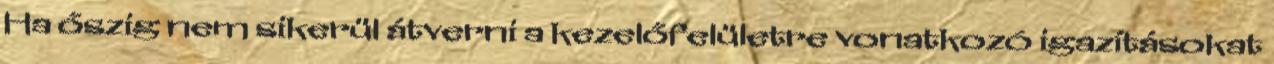
Ha őszig nem sikerül átverni a kezelőfelületre vonatkozó igazításokat